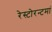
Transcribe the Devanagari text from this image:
रेस्‍टोरन्टमां